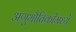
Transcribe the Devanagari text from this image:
अणुभौतिकीमध्ये